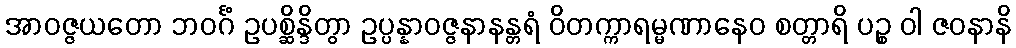
အာဝဇ္ဇယတော ဘဝင်္ဂံ ဥပစ္ဆိန္ဒိတွာ ဥပ္ပန္နာဝဇ္ဇနာနန္တရံ ဝိတက္ကာရမ္မဏာနေဝ စတ္တာရိ ပဉ္စ ဝါ ဇဝနာနိ